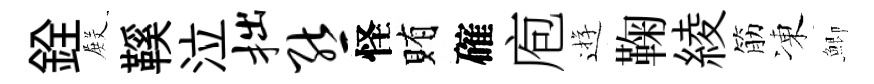
銓𭮺鞵泣拙熊怪賄確庖逰鞠綾筋凍鯽